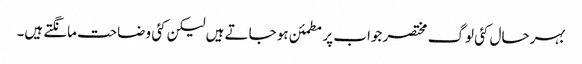
بہرحال کئی لوگ مختصر جواب پر مطمئن ہو جاتے ہیں لیکن کئی وضاحت مانگتے ہیں۔